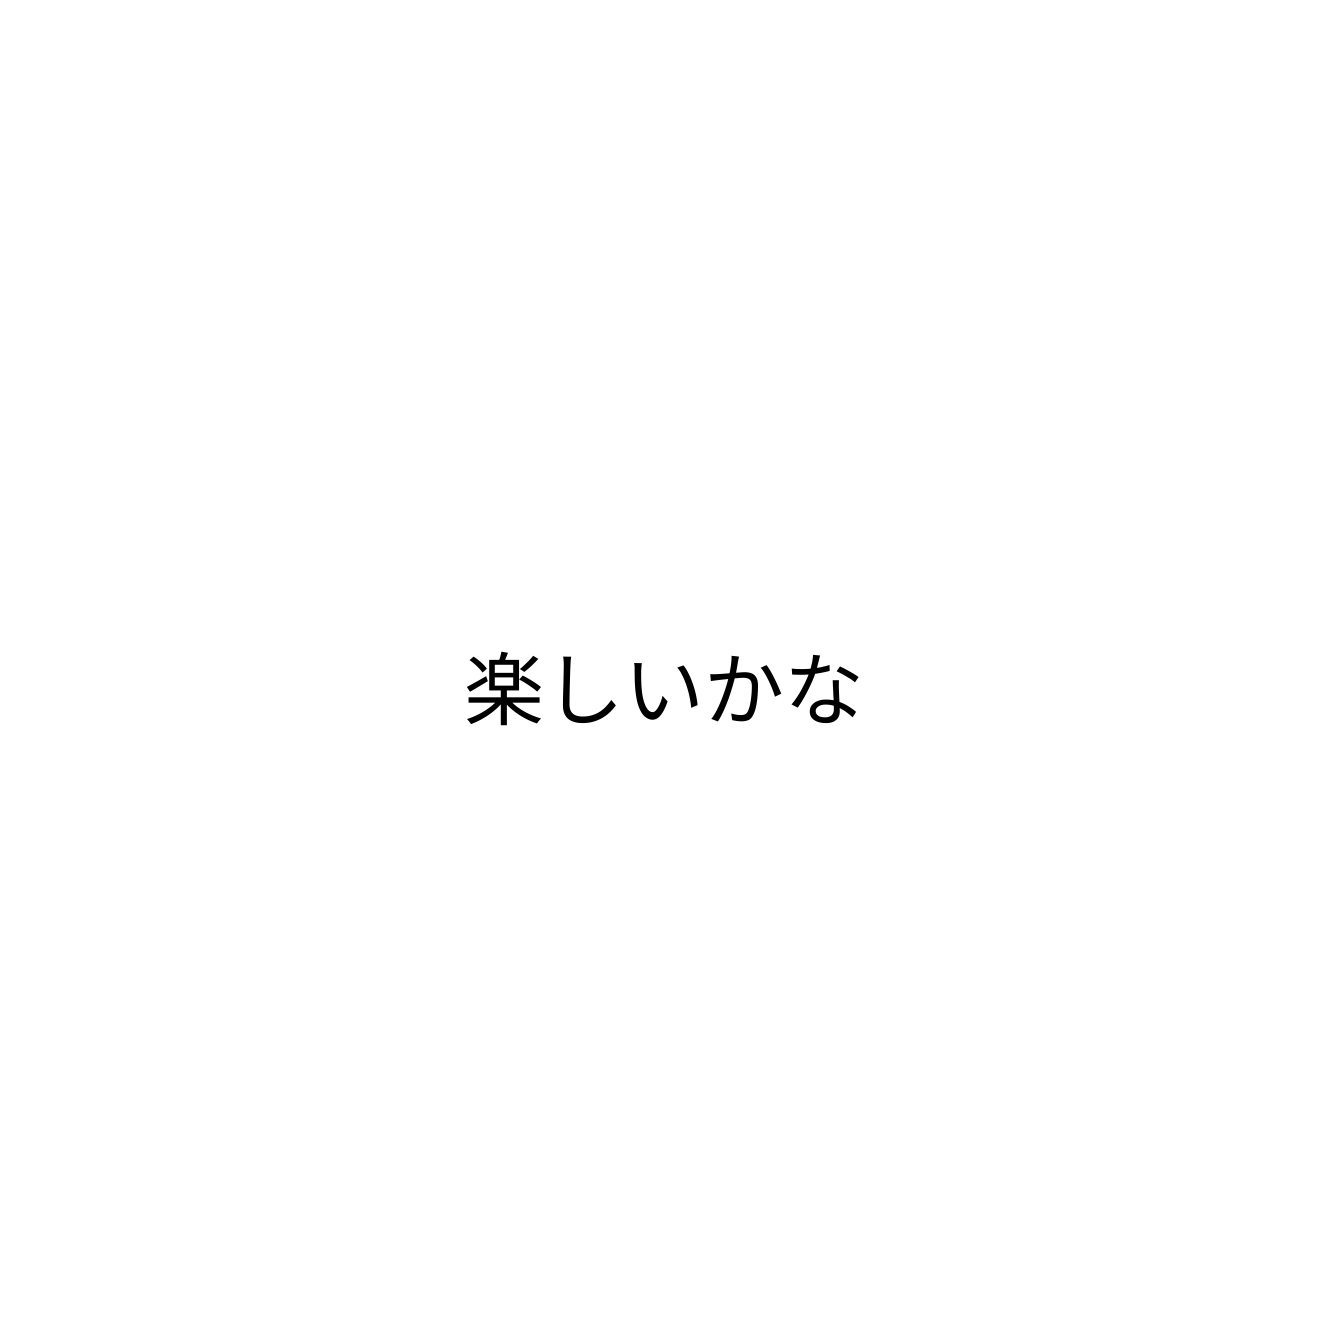
楽しいかな